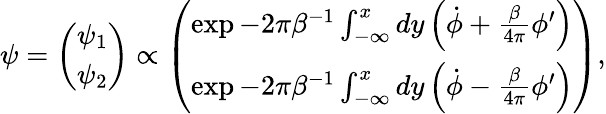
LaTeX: \psi=\left(\begin{array}{c}{{\psi_{1}}}\\ {{\psi_{2}}}\end{array}\right)\propto\left(\begin{array}{c}{{\exp-2\pi\beta^{-1}\int_{-\infty}^{x}dy\left(\dot{\phi}+\frac{\beta}{4\pi}\phi^{\prime}\right)}}\\ {{\exp-2\pi\beta^{-1}\int_{-\infty}^{x}dy\left(\dot{\phi}-\frac{\beta}{4\pi}\phi^{\prime}\right)}}\end{array}\right),